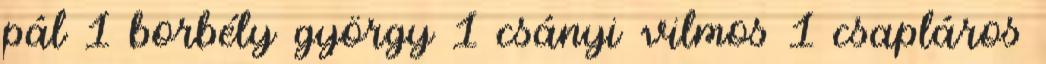
pál 1 borbély györgy 1 csányi vilmos 1 csapláros